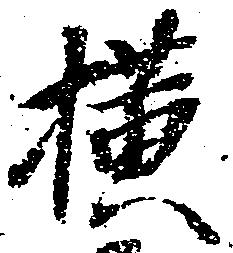
横